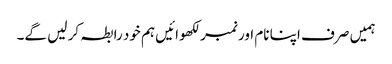
ہمیں صرف اپنا نام اور نمبر لکھوائیں ہم خود رابطہ کر لیں گے۔